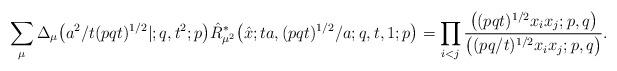
LaTeX: \begin{gather*}\sum_{\mu} \Delta_\mu\big(a^2/t(pqt)^{1/2}|;q,t^2;p\big)\hat{R}^*_{\mu^2}\big(\hat{x};ta,(pqt)^{1/2}/a;q,t,1;p\big)=\prod_{i<j} \frac{\big((pq t)^{1/2}x_ix_j;p,q\big)} {\big((pq/t)^{1/2}x_ix_j;p,q\big)}.\end{gather*}